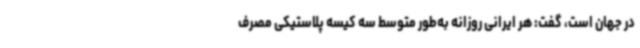
در جهان است، گفت: هر ایرانی روزانه به‌طور متوسط سه کیسه پلاستیکی مصرف